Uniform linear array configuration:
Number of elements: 4
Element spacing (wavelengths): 1
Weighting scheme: hann
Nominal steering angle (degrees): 60
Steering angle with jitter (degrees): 58.618
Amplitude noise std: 0.05
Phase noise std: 0.05

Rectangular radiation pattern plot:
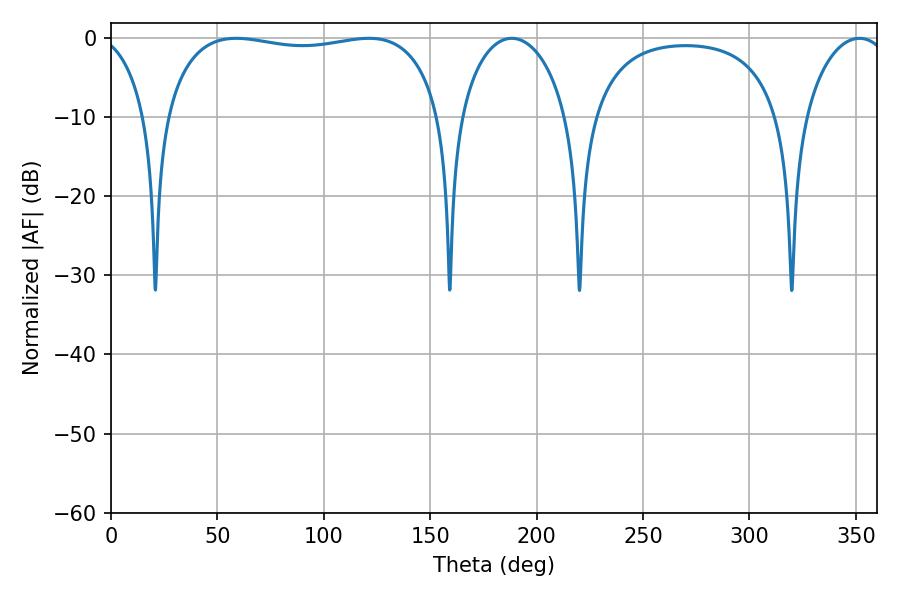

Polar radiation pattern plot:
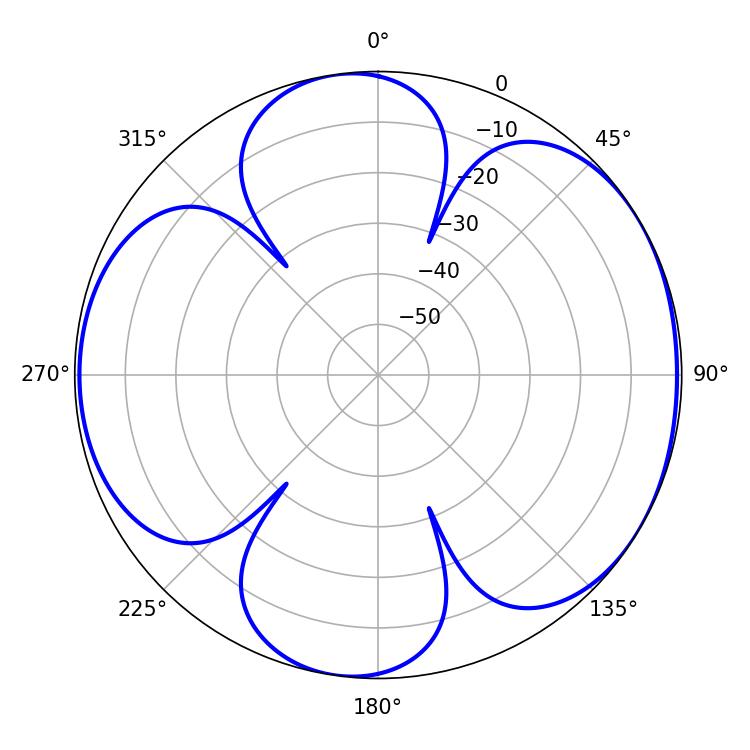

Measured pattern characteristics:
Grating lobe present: TRUE
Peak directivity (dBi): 5.804
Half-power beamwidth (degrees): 105.48
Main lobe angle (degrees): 58.86